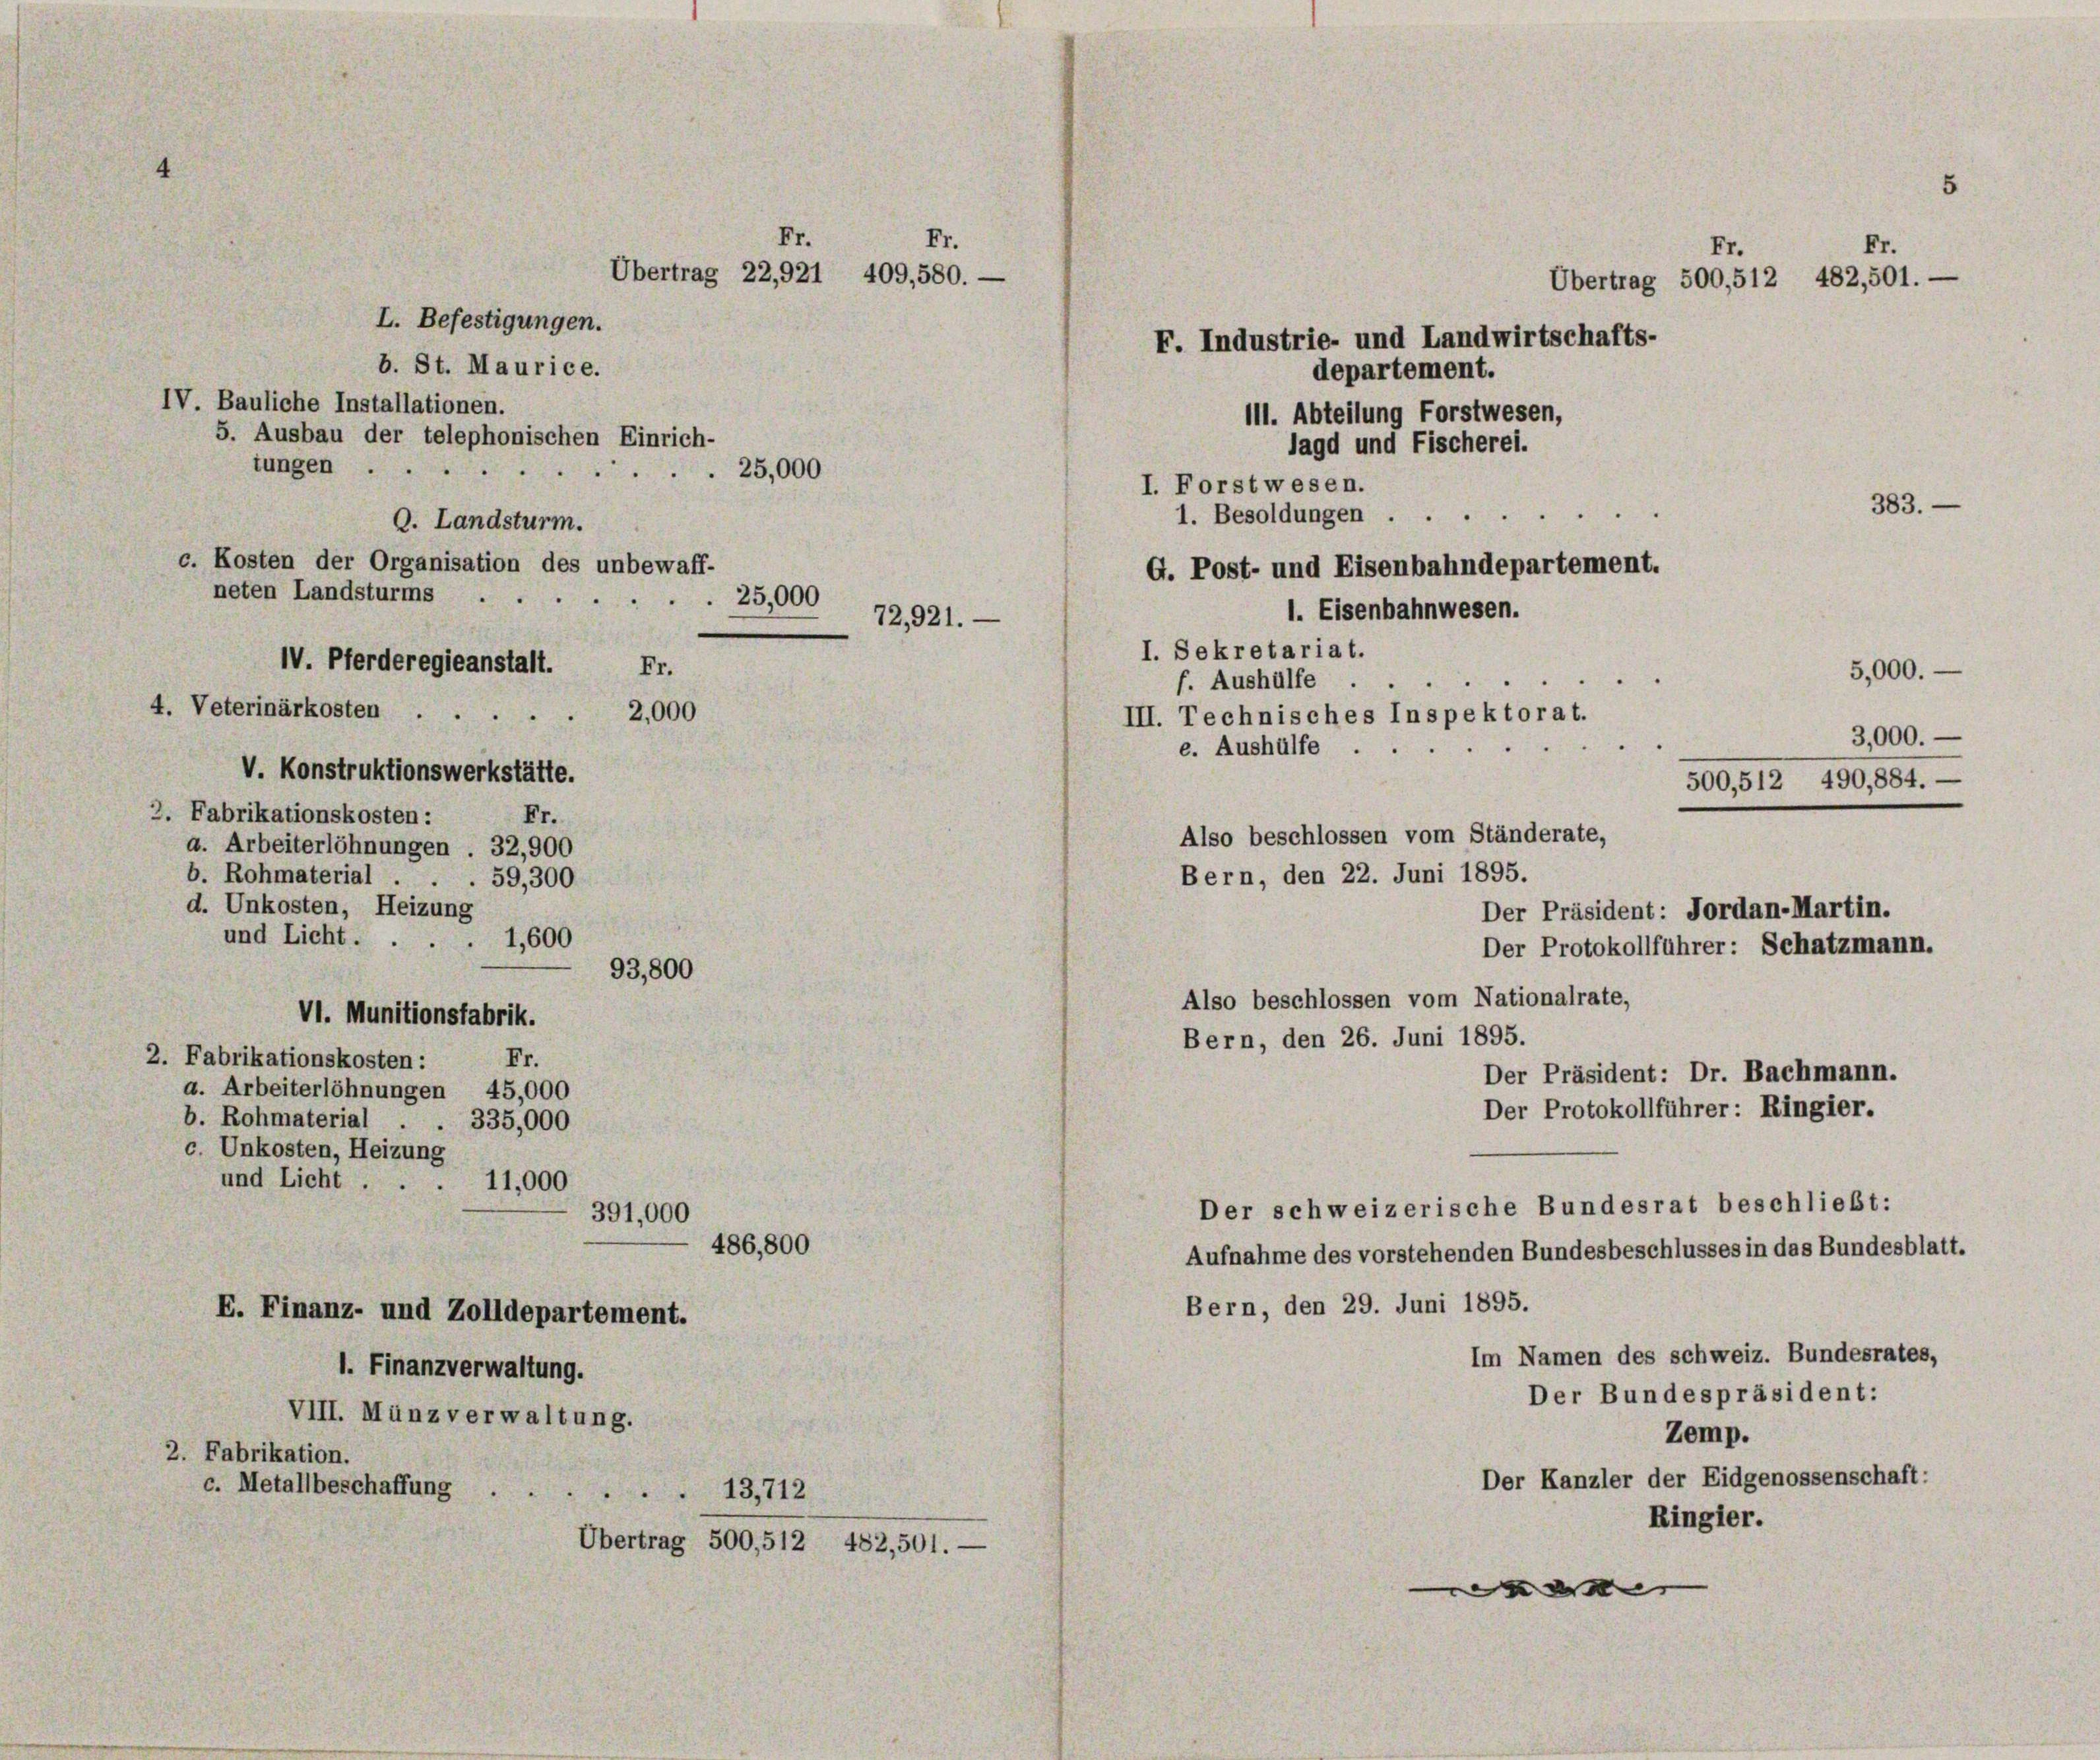
111. Abteilung Forstwesen,
lagd und Fischerei.
25,000
I. Forstwesen.
1. Besoldungen .
c. Kosten der Organisation des unbewaff-
G. Post- und Eisenbahndepartement.
neten Landsturms
25,000
1. Eisenbahnwesen.
72,921.
I. Sekretariat.
IV. Pferderegieanstalt.
Fr.
f. Aushülfe
4. Veterinärkosten
2,000
III. Technisches Inspektorat.
e. Aushülfe
V. Konstruktionswerkstätte.

L. Befestigungen.
b. St. Maurice.
IV. Bauliche Installationen.
5. Ausbau der telephonischen Einrich-
tungen ..
5
C. Landsturm.

2. Fabrikationskosten :
Fr.
a. Arbeiterlöhnungen . 32,900
b. Rohmaterial
59, 300
d. Unkosten, Heizung
und Licht ...
1,600
VI. Munitionsfabrik.
2. Fabrikationskosten :
Fr.
a. Arbeiterlöhnungen 45,000
b. Rohmaterial . . 335,000
c. Unkosten, Heizung
und Licht . . . 11,000
391,000

E. Finanz- und Zolldepartement.
VIII. Münz verwaltung.
2. Fabrikation.
c. Metallbeschaffung 13,712

1. Finanzverwaltung.

486,800

93,800

Fr.

Fr.
Übertrag 22,921 409, 580. —

Übertrag 500,512 482,501. —

Fr.
Fr.
Übertrag 500,512 482,501. —
F. Industrie- und Landwirtschafts-

departement.

Also beschlossen vom Ständerate,

Der schweizerische Bundesrat beschließt:

383.
5,000.
3,000.
500, 512 490,884. —

Bern, den 22. Juni 1895.
Der Präsident: Jordan-Martin.
Der Protokollführer: Schatzmann.
Also beschlossen vom Nationalrate,
Bern, den 26. Juni 1895.
Der Präsident: Dr. Bachmann.
Der Protokollführer: Ringier.
Aufnahme des vorstehenden Bundesbeschlusses in das Bundesblatt.
Bern, den 29. Juni 1895.
Im Namen des schweiz. Bundesrates,
Der Bundespräsident:
Zemp.
Der Kanzler der Eidgenossenschaft:
Ringler.
e